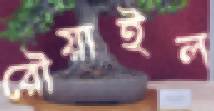
রৌয়াইল